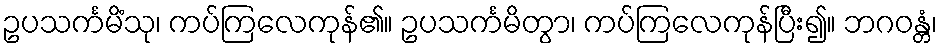
ဥပသင်္ကမိံသု၊ ကပ်ကြလေကုန်၏။ ဥပသင်္ကမိတွာ၊ ကပ်ကြလေကုန်ပြီး၍။ ဘဂဝန္တံ၊